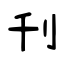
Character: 刋